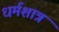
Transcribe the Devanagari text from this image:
धर्मशात्र